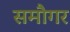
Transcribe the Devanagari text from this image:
समौगर